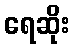
ရေဆိုး